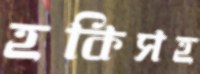
হকিসহ